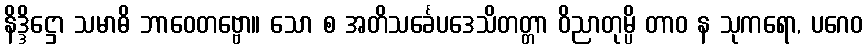
နိဒ္ဒိဋ္ဌော သမာဓိ ဘာဝေတဗ္ဗော။ သော စ အတိသင်္ခေပဒေသိတတ္တာ ဝိညာတုမ္ပိ တာဝ န သုကရော, ပဂေဝ